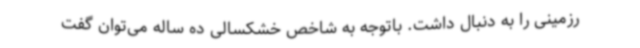
رزمینی را به دنبال داشت. باتوجه به شاخص خشکسالی ده ساله می‌توان گفت